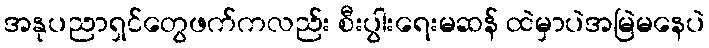
အနုပညာရှင်တွေဖက်ကလည်း စီးပွါးရေးမဆန် ထဲမှာပဲအမြဲမနေပဲ